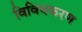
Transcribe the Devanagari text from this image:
विविधकरण